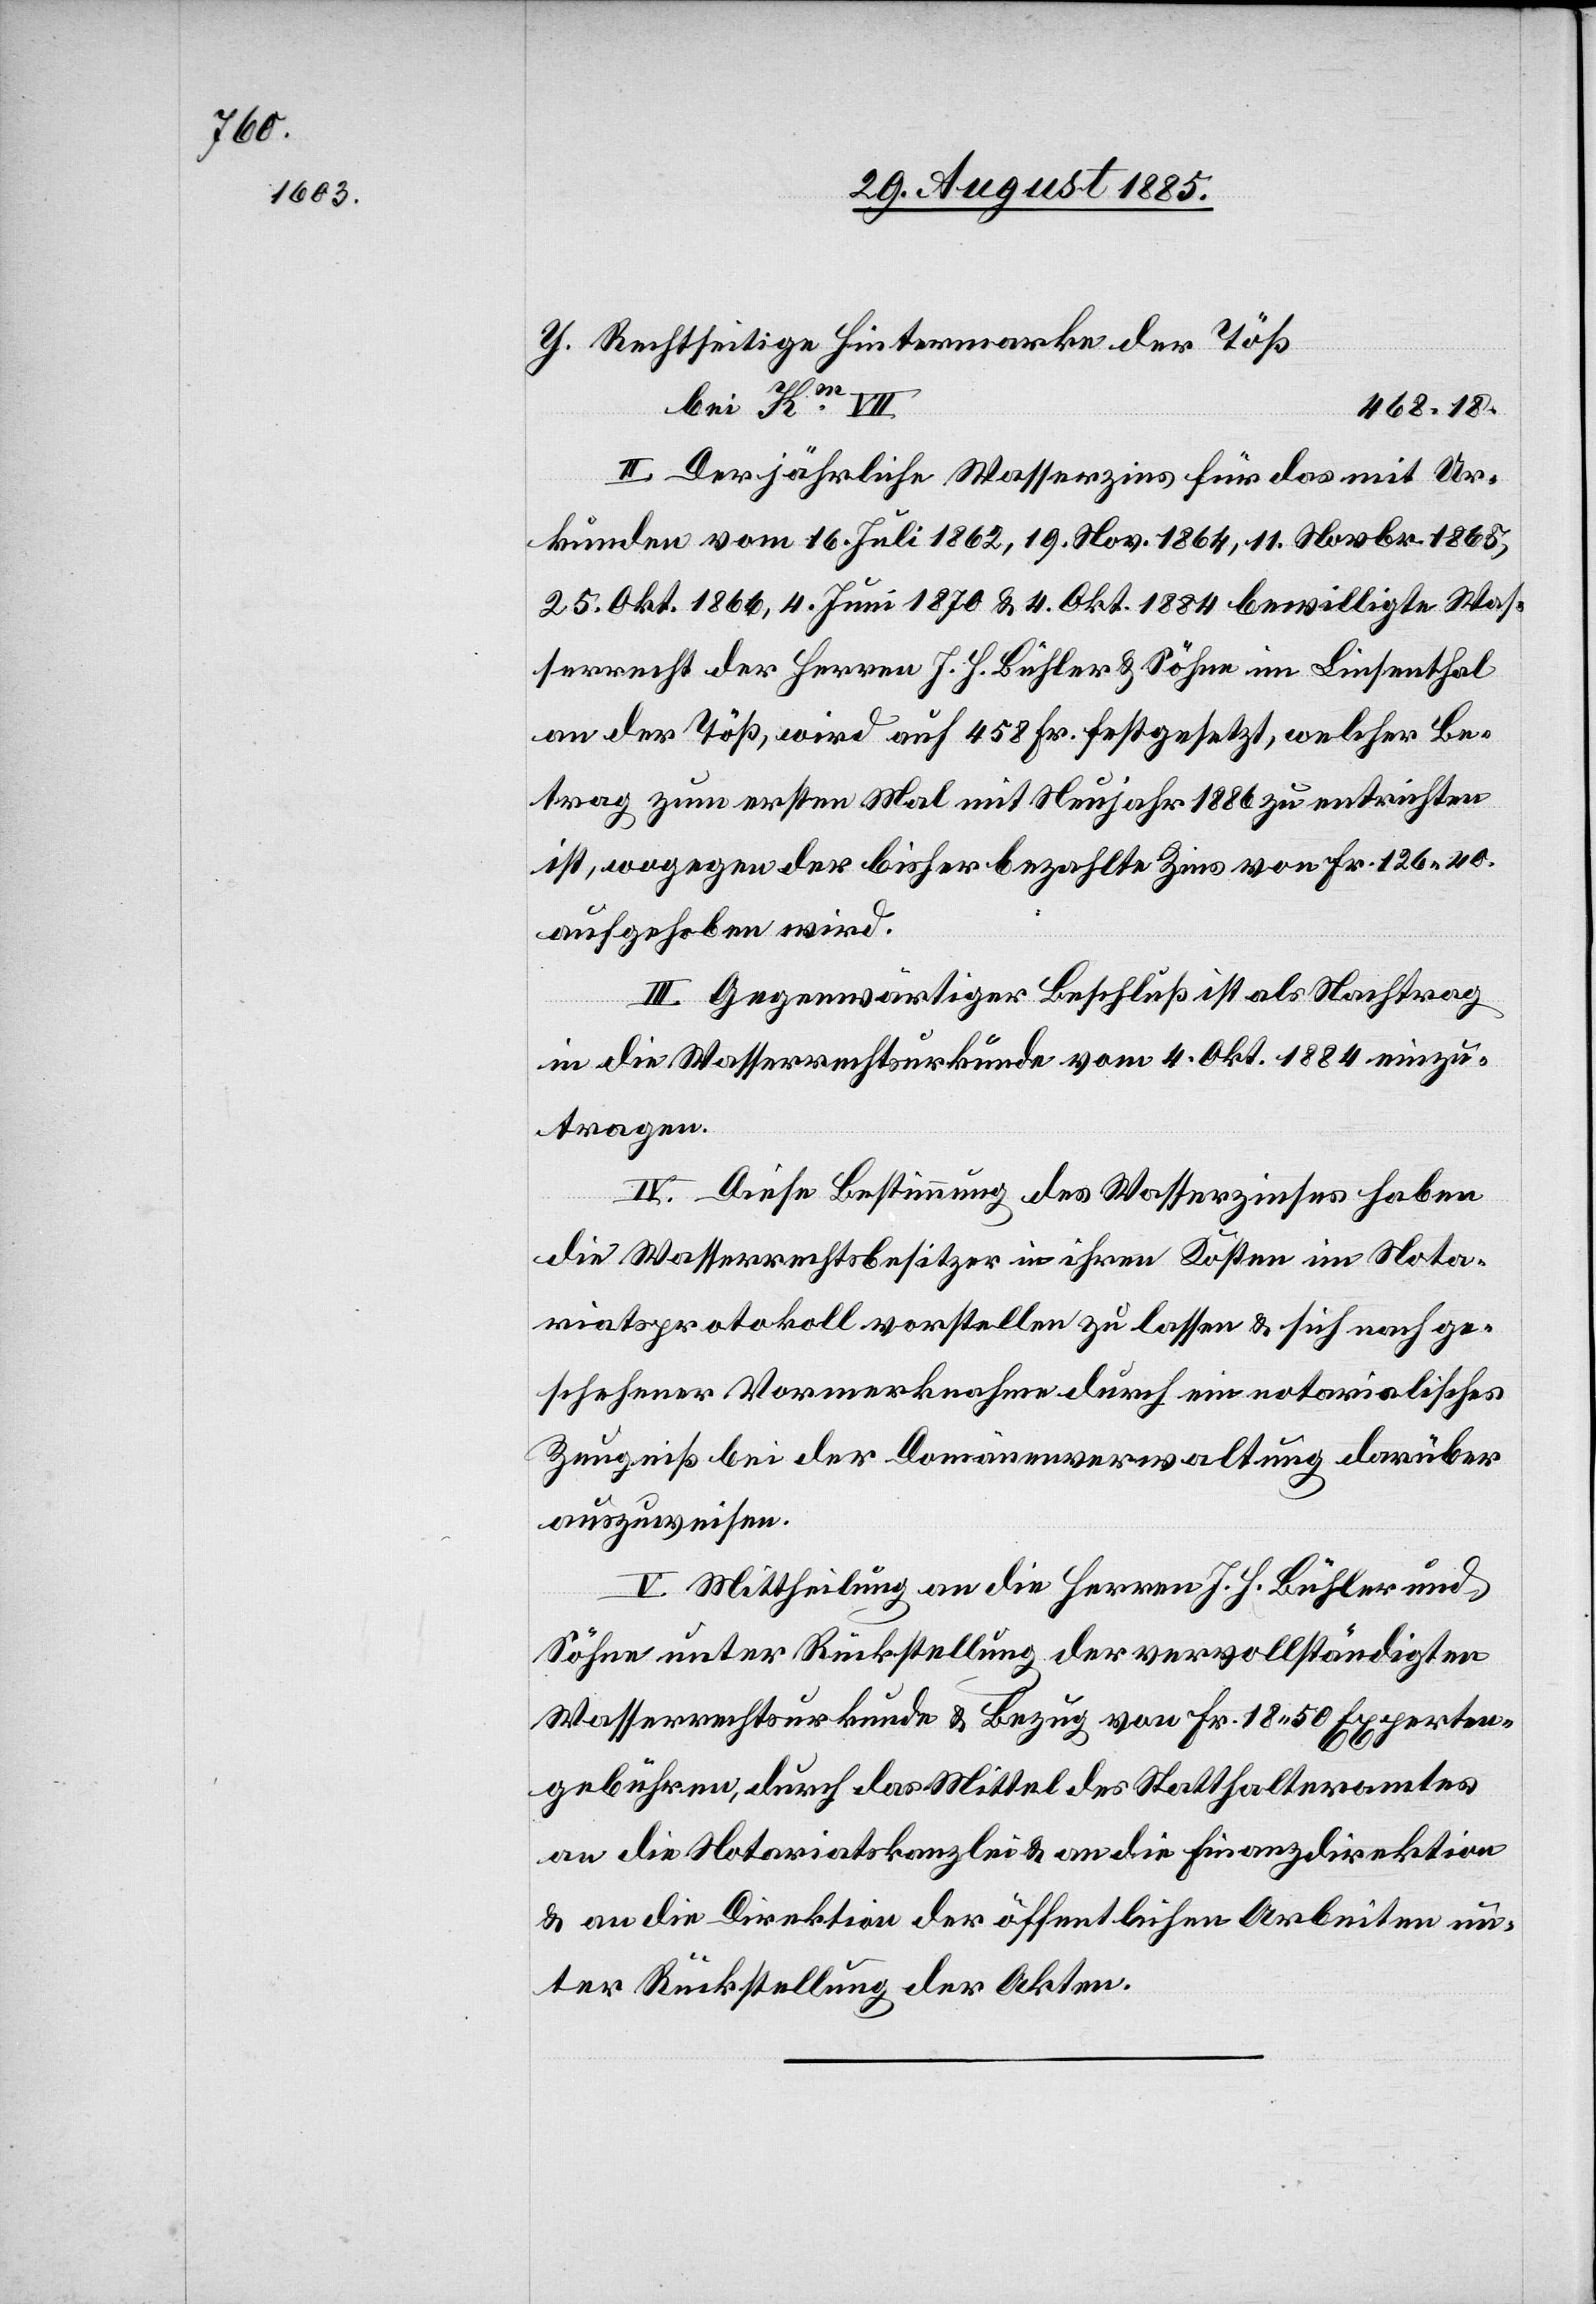
Rechtseitige Hintermarke der Töß
bei Km VII.
468.18.
II. Der jährliche Wasserzins für das mit Ur¬
kunden vom 16. Juli 1862, 19. Nov. 1864, 11. Novbr. 1865,
25. Okt. 1866, 4. Juni 1870 & 4. Okt. 1884 bewilligte Was¬
serrecht der Herren J. H. Bühler & Söhne im Linsenthal
an der Töß, wird auf 458 Fr. festgesetzt, welcher Be¬
trag zum ersten Mal mit Neujahr 1886 zu entrichten
ist, wogegen der bisher bezahlte Zins von Fr. 126 40
aufgehoben wird.
III. Gegenwärtiger Beschluß ist als Nachtrag
in die Wasserrechtsurkunde vom 4. Okt. 1884 einzu¬
tragen.
IV. Diese Bestimmung des Wasserzinses haben
die Wasserrechtsbesitzer in ihren Kosten im Nota¬
riatsprotokoll vorstellen zu lassen & sich nach ge¬
schehener Vormerknahme durch ein notarialisches
Zeugniß bei der Domänenverwaltung darüber
auszuweisen.
V. Mittheilung an die Herren J. H. Bühler und
Söhne unter Rückstellung der vervollständigten
Wasserrechtsurkunde & Bezug von Fr. 18 50 Experten¬
gebühren, durch das Mittel des Statthalteramtes
an die Notariatskanzlei & an die Finanzdirektion
& an die Direktion der öffentlichen Arbeiten un¬
ter Rückstellung der Akten.